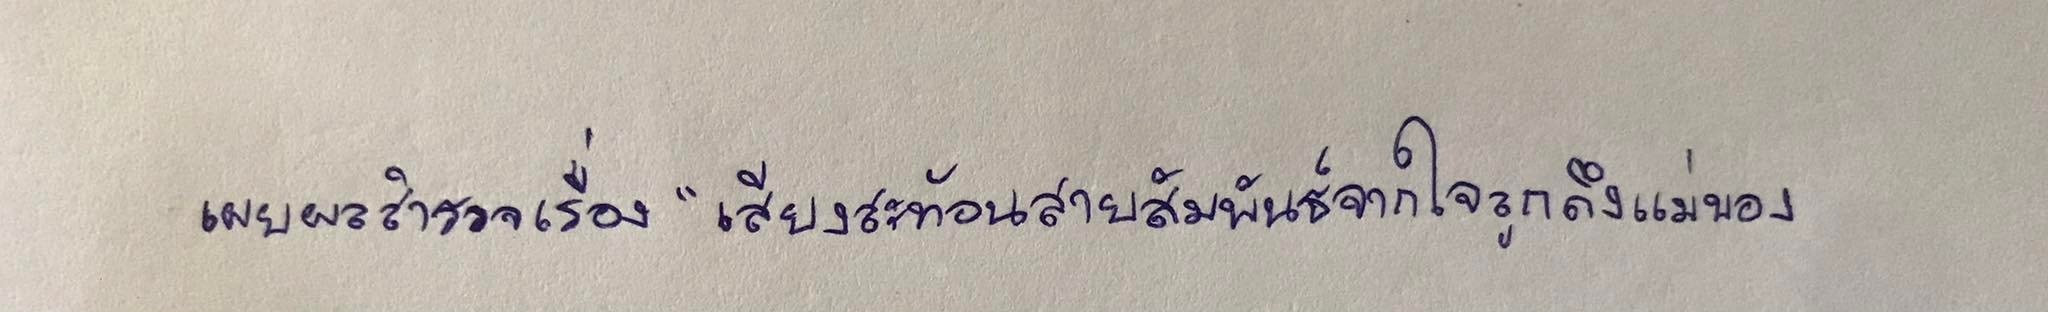
เผยผลสำรวจเรื่อง"เสียงสะท้อนสายสัมพันธ์จากใจลูกถึงแม่ของ